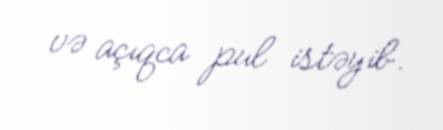
və açıqca pul istəyib.